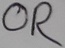
Text: OR